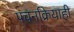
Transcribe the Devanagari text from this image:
पचनक्रियाही